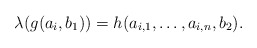
\begin{align*}\lambda(g(a_i,b_1))=h(a_{i,1},\dots,a_{i,n},b_2).\end{align*}